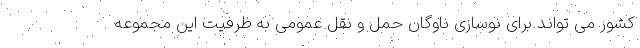
کشور می تواند برای نوسازی ناوگان حمل و نقل عمومی به ظرفیت این مجموعه